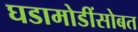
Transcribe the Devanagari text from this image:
घडामोडींसोबत